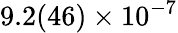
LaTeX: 9.2(46)\times 10^{-7}